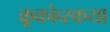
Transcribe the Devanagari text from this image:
क्रूकोव्स्कया